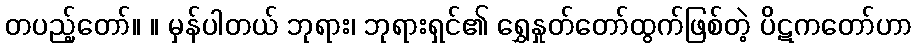
တပည့်တော်။ ။ မှန်ပါတယ် ဘုရား၊ ဘုရားရှင်၏ ရွှေနှုတ်တော်ထွက်ဖြစ်တဲ့ ပိဋကတော်ဟာ